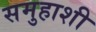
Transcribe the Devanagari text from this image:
समुहाशी